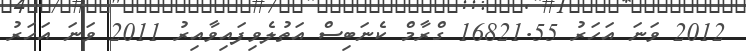
2012 ވަނަ އަހަރު 16821.55 ގްރާމް ކެނަބިސް އަތުލެވިފައިވާއިރު 2011 ވަނަ އަހަރު